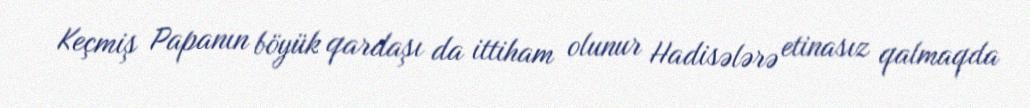
Keçmiş Papanın böyük qardaşı da ittiham olunur Hadisələrə etinasız qalmaqda